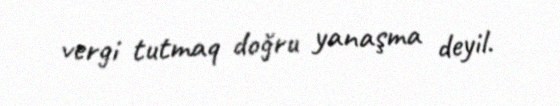
vergi tutmaq doğru yanaşma deyil.